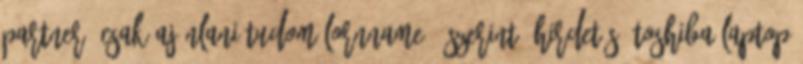
partner. Csak ajánlani tudom lornname11 szerint: Hirdetés: Toshiba laptop